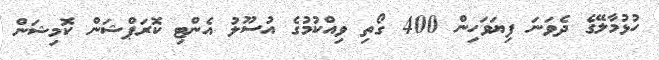
ހުޅުމާލޭގެ ދެވަނަ ފިޔަވަހިން 400 ގޯތި ވިއްކުމުގެ އުސޫލު އެންޓި ކޮރަޕްޝަން ކޮމިޝަން